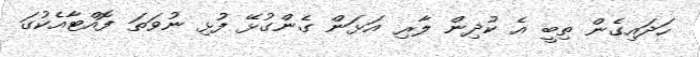
ހަދައިގެން ތިބީ އެ ކުދިން ލާރި އަޅަން ގެންގުޅޭ ފުޅި ނުވަތަ ފޮއްޓާއެކުގަ